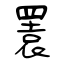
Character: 瞏